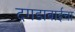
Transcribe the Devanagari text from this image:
दगडाबाईचा